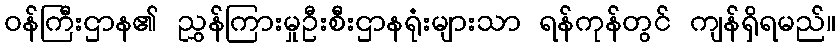
ဝန်ကြီးဌာန၏ ညွှန်ကြားမှုဦးစီးဌာနရုံးများသာ ရန်ကုန်တွင် ကျန်ရှိရမည်။